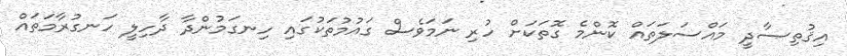
އިޤުތިޞާދީ މައްސަލަތައް ކޮންމެ ގޮތަކަށް ހުރި ނަމަވެސް ގައުމުތަކުގައި ހިނގަމުންދާ ދާހިލީ ހަނގުރާމަތައް